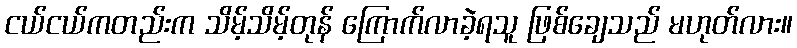
ငယ်ငယ်ကတည်းက သိမ့်သိမ့်တုန် ကြောက်လာခဲ့ရသူ ဖြစ်ချေသည် မဟုတ်လား။